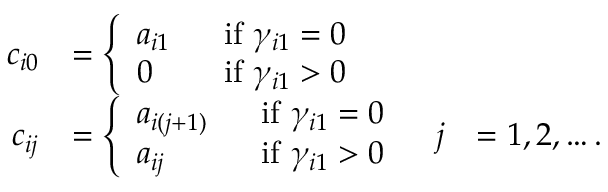
\begin{array} { r l r l } { c _ { i 0 } } & { = \left\{ \begin{array} { l l } { a _ { i 1 } \ \ } & { \mathrm { i f } \ \gamma _ { i 1 } = 0 } \\ { 0 \ \ } & { \mathrm { i f } \ \gamma _ { i 1 } > 0 } \end{array} \right. } \\ { c _ { i j } } & { = \left\{ \begin{array} { l l } { a _ { i ( j + 1 ) } \ \ } & { \mathrm { i f } \ \gamma _ { i 1 } = 0 } \\ { a _ { i j } \ \ } & { \mathrm { i f } \ \gamma _ { i 1 } > 0 } \end{array} \right. } & { j } & { = 1 , 2 , \ldots . } \end{array}